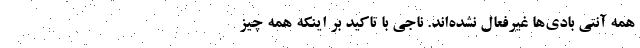
همه آنتی بادی‌ها غیرفعال نشده‌اند. ناجی با تاکید بر اینکه همه چیز